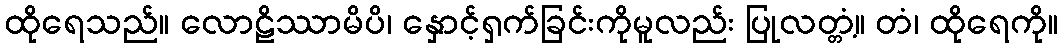
ထိုရေသည်။ လောဠိဿာမိပိ၊ နှောင့်ရှက်ခြင်းကိုမူလည်း ပြုလတ္တံ့။ တံ၊ ထိုရေကို။